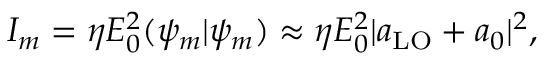
I _ { m } = \eta E _ { 0 } ^ { 2 } ( \psi _ { m } | \psi _ { m } ) \approx \eta E _ { 0 } ^ { 2 } | a _ { \mathrm { L O } } + a _ { 0 } | ^ { 2 } ,